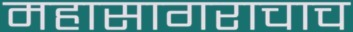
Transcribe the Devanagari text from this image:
महासागराचाच